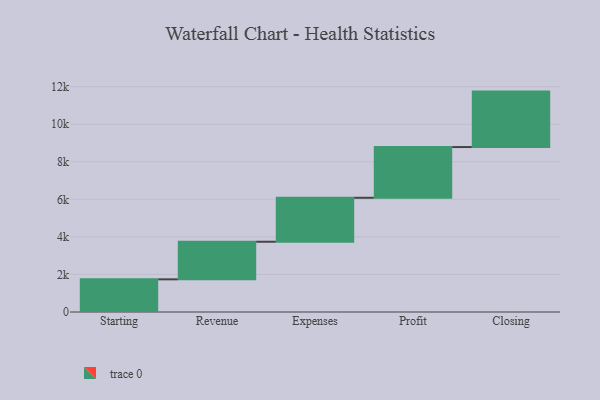
{"axis": {"x": "Step", "y": "Value"}, "legend": [""], "data": [{"x": "Starting", "y": 1740.0, "type": ""}, {"x": "Revenue", "y": 2003.0, "type": ""}, {"x": "Expenses", "y": 2341.0, "type": ""}, {"x": "Profit", "y": 2703.0, "type": ""}, {"x": "Closing", "y": 2953.0, "type": ""}]}